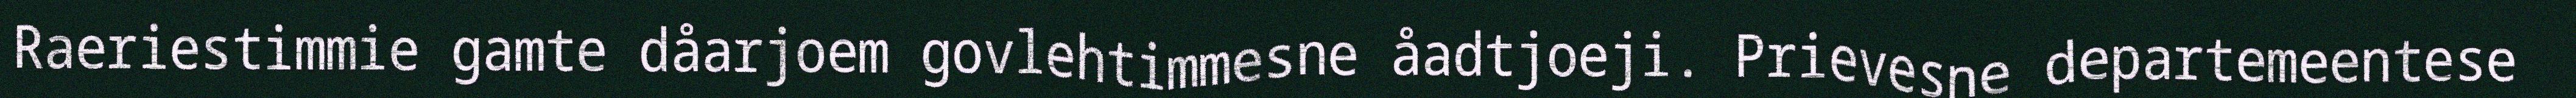
Raeriestimmie gamte dåarjoem govlehtimmesne åadtjoeji. Prievesne departemeentese